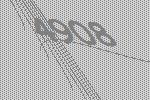
4908